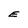
Character: E